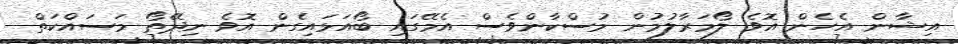
އިޝާން އެހެން އޮވެ ލޯމަރާލުމުން މުސްކާންވެސް އެމޭގައި ބޯއަޅައިގެން އޮވެ ނިދޭތޯ މަސައްކަތް